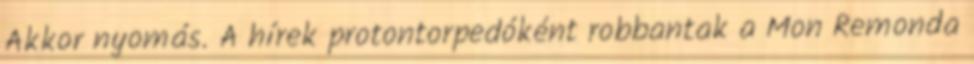
Akkor nyomás. A hírek protontorpedóként robbantak a Mon Remonda